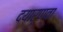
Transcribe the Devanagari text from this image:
दयार्णवा